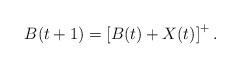
LaTeX: \begin{align*}B(t+1) = \left[ B(t) + X(t)\right]^{+}.\end{align*}